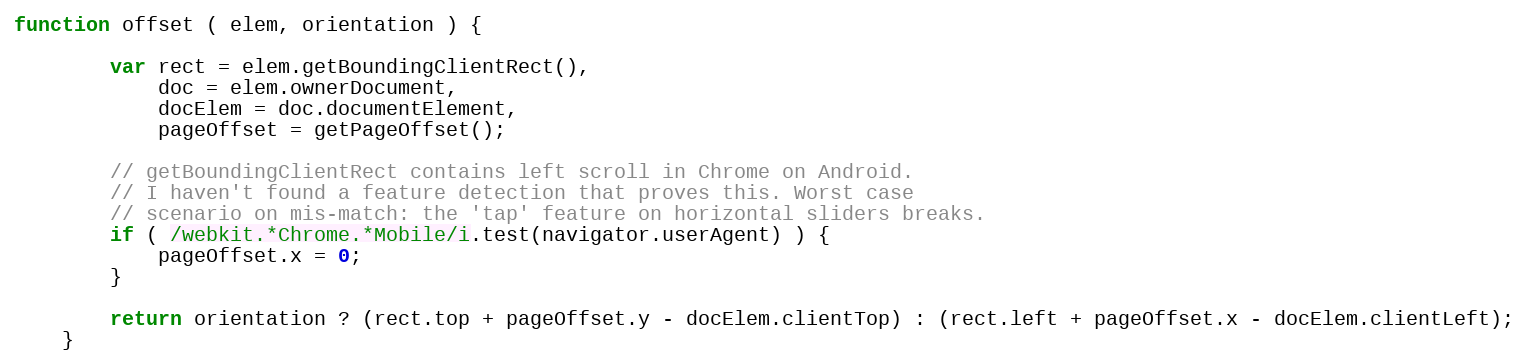
Language: JavaScript
function offset ( elem, orientation ) {

        var rect = elem.getBoundingClientRect(),
            doc = elem.ownerDocument,
            docElem = doc.documentElement,
            pageOffset = getPageOffset();

        // getBoundingClientRect contains left scroll in Chrome on Android.
        // I haven't found a feature detection that proves this. Worst case
        // scenario on mis-match: the 'tap' feature on horizontal sliders breaks.
        if ( /webkit.*Chrome.*Mobile/i.test(navigator.userAgent) ) {
            pageOffset.x = 0;
        }

        return orientation ? (rect.top + pageOffset.y - docElem.clientTop) : (rect.left + pageOffset.x - docElem.clientLeft);
    }